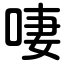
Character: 啛